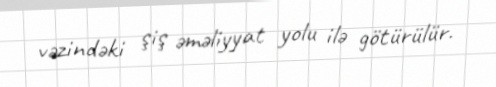
vəzindəki şiş əməliyyat yolu ilə götürülür.